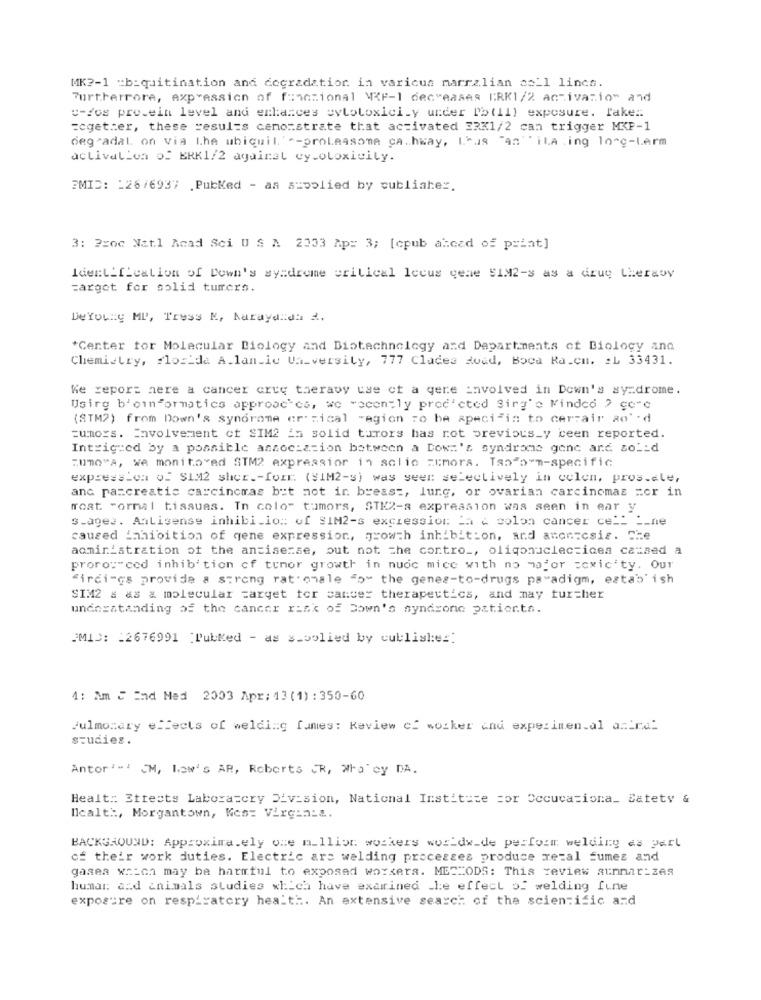
MK ?- 1 =b:quitination and degradation in various marralian coll lincs.
Furtherrore, expression of functional WIF-1 decreases IRK1/2 activazio" and
"-dos pro.ein level and enhances cytotoxicity under Ph(ll) exposure. Take ::
zegetter, these results cemosstrate that activated ERX1/2 can trigger MXF-1
degradal on via the ubiquit. "-proLessone cahway, Las "aniLA ing long-term
activation of ERK1/2 againet cytotoxicity.
EMID: - 26/6937 PubKed - aa supplied by cubliaher.
3: Proc Natl Acad Sci U S A 2333 Ap: 3; [cpub alcad of print]
Identification of Down's syndrome critical lecus gene 5192-s as a drug Liersoy
=arget for solid turers.
DeYouiy MP, Tress K, Karaya da ,
*Center for Molecular Biology and Biotechnology and Departments of Biology and
Chemistry, florida A.lanie Va_versity, 777 Clades Road, Boca Raton, : L 33431.
Ke report nere a cancer crue therapy use of a gere involved in Down's sy=drome.
Using b'oinformatics approaches, we wocently proc'cted Sirg'e Minded > ce"℃
(STM?) from Down's syndrome er Rical region to be specific to cerrair ao'-d
=umors. Involvement of SIM2 in solid turors has not previous_y ceen reported.
Intrigued by a possible association between a Down's syndrome gone and solid
"OMO"A, We monitored STM2 expressior in solic =imora. Tan"o-m-specific
expression OF $1M2 sher .- foIE. (VIM2-s) was seen selectively in celen, pros.ele,
and pancreatic carcinomas but not in breast, lung, or ovarian carcinomas =or in
frost "ormal tissues. In colo" tumors, STK2-s expression was seen in ear y
stages. Antisense inhibi.io :: of SIM2-s exciession Ia & colon cancer ce __ __ ne
caused inhibition of gene expression, growth inhibition, and anon-csis. Che
administration of the ancisense, but not the contro _, oliqonuclectices caused a
proro:"ced inhibition cf tumor growth in nuoc mice with no major =cxic'ty. Our
"irdi-cs provide a strong rat' onale ">" the genes-to-drugs paradigm, establish
SIM2 # as & molecular target for cancer therapeutics, and may tur=her
understanding of the cancer risk of Down's syndrone patients.
PMID: : 2676991 Pubked - as s_bolied by cublisles:
4: Am C End Nad 2003 Apr: 13 (1) : 350-60
Pulmonary effects of welding fumes: Review cf worker and experimental amtra
studies.
Antor 1- 1 CM, Low's AP, Roberts JR, Who cy DA.
Healt: Ettects Laboratory Division, National Institute sor Cecucationa_ Satety &
Icalt :, Morgantown, Kes: Virginia.
BACKGROUND: Approximately one million workers worldwide perform welding as part
of their work duties. Electric are welding processes produce metal fumes and
gases which may be harmful to exposed workers. MECZODS: This review aunnar-zes
humar: and animals studies which have examined .ke effect of welding fune
exposure on respiratory health. An extensive search of the scientific and